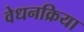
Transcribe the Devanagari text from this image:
वेधनक्रिया